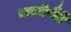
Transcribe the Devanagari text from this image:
।क्रमेणैते